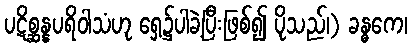
ပဋိစ္ဆန္နပရိဝါသံဟု ရှေ့၌ပါခဲ့ပြီးဖြစ်၍ ပိုသည်၊) ခန္ဓကေ၊